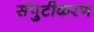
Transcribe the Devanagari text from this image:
संपुटीकरण